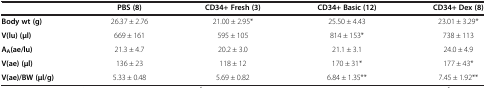
<table><thead><tr><td><b> </b></td><td><b>PBS (8)</b></td><td><b>CD34+ Fresh (3)</b></td><td><b>CD34+ Basic (12)</b></td><td><b>CD34+ Dex (8)</b></td></tr></thead><tbody><tr><td><b>Body wt (g)</b></td><td>26.37 ± 2.76</td><td>21.00 ± 2.95*</td><td>25.50 ± 4.43</td><td>23.01 ± 3.29*</td></tr><tr><td><b>V(lu) (μl)</b></td><td>669 ± 161</td><td>595 ± 105</td><td>814 ± 153*</td><td>738 ± 113</td></tr><tr><td><b>A</b><sub><b>A</b></sub><b>(ae/lu)</b></td><td>21.3 ± 4.7</td><td>20.2 ± 3.0</td><td>21.1 ± 3.1</td><td>24.0 ± 4.9</td></tr><tr><td><b>V(ae) (μl)</b></td><td>136 ± 23</td><td>118 ± 12</td><td>170 ± 31*</td><td>177 ± 43*</td></tr><tr><td><b>V(ae)/BW (μl/g)</b></td><td>5.33 ± 0.48</td><td>5.69 ± 0.82</td><td>6.84 ± 1.35**</td><td>7.45 ± 1.92**</td></tr></tbody></table>